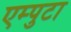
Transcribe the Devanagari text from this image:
एम्पुटा